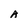
Character: A